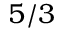
5 / 3